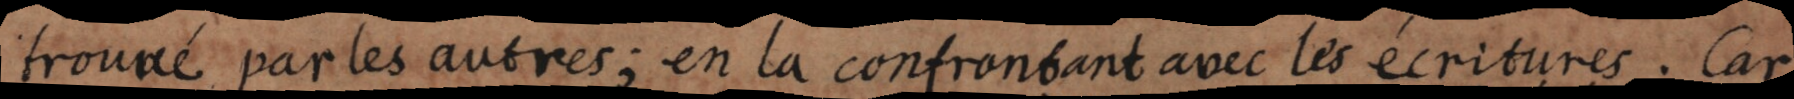
trouvée, par les autres; en la confrontant avec les écritures.